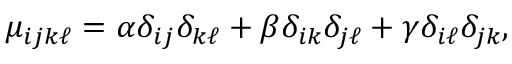
\mu _ { i j k \ell } = \alpha \delta _ { i j } \delta _ { k \ell } + \beta \delta _ { i k } \delta _ { j \ell } + \gamma \delta _ { i \ell } \delta _ { j k } ,